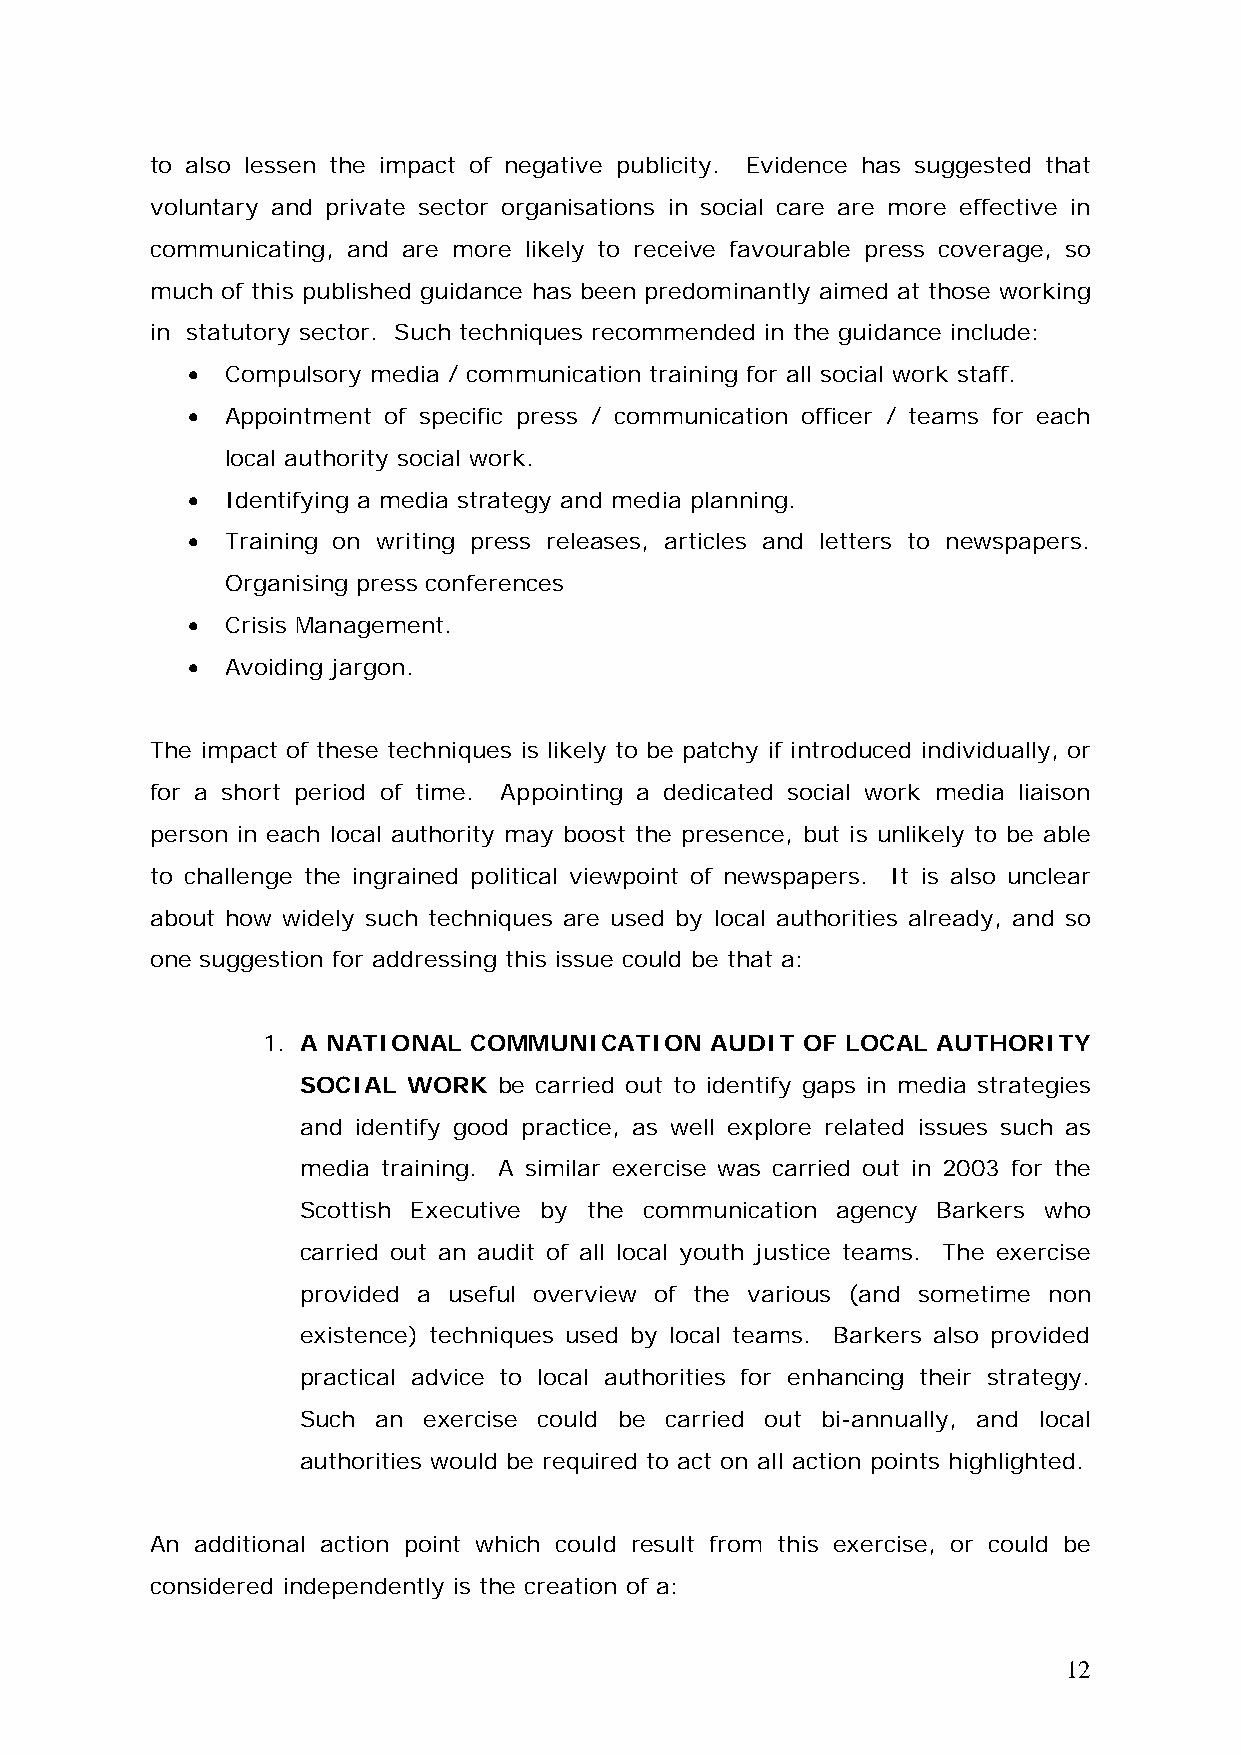
to also lessen the impact of negative publicity. Evidence has suggested that
 voluntary and private sector organisations in social care are more effective in
 communicating, and are more likely to receive favourable press coverage, so
 much of this published guidance has been predominantly aimed at those working
 in statutory sector. Such techniques recommended in the guidance include:
 •  Compulsory media / communication training for all social work staff.
 •  Appointment of specific press / communication officer / teams for each
 local authority social work.
 •  Identifying a media strategy and media planning.
 •  Training on writing press releases, articles and letters to newspapers.
 Organising press conferences
 •  Crisis Management.
 •  Avoiding jargon.
 The impact of these techniques is likely to be patchy if introduced individually, or
 for a short period of time. Appointing a dedicated social work media liaison
 person in each local authority may boost the presence, but is unlikely to be able
 to challenge the ingrained political viewpoint of newspapers. It is also unclear
 about how widely such techniques are used by local authorities already, and so
 one suggestion for addressing this issue could be that a:
 1. A NATIONAL COMMUNICATION   AUDIT OF LOCAL AUTHORITY
 SOCIAL WORK  be carried out to identify gaps in media strategies
 and identify good practice, as well explore related issues such as
 media training. A similar exercise was carried out in 2003 for the
 Scottish Executive by the communication agency Barkers who
 carried out an audit of all local youth justice teams. The exercise
 provided a useful overview of the various (and sometime non
 existence) techniques used by local teams. Barkers also provided
 practical advice to local authorities for enhancing their strategy.
 Such an exercise could be carried out bi-annually, and local
 authorities would be required to act on all action points highlighted.
 An additional action point which could result from this exercise, or could be
 considered independently is the creation of a:
 12